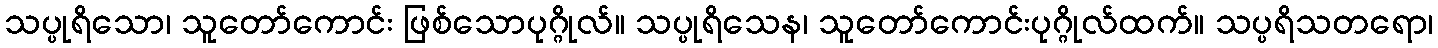
သပ္ပုရိသော၊ သူတော်ကောင်း ဖြစ်သောပုဂ္ဂိုလ်။ သပ္ပုရိသေန၊ သူတော်ကောင်းပုဂ္ဂိုလ်ထက်။ သပ္ပရိသတရော၊